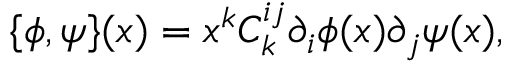
\{ \phi , \psi \} ( x ) = x ^ { k } C _ { k } ^ { i j } \partial _ { i } \phi ( x ) \partial _ { j } \psi ( x ) ,